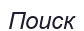
Поиск